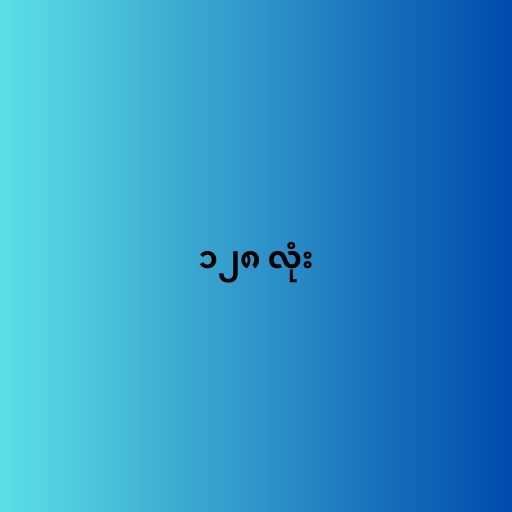
၁၂၈ လုံး